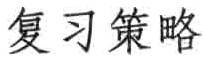
复习策略